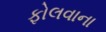
ફોલવાના